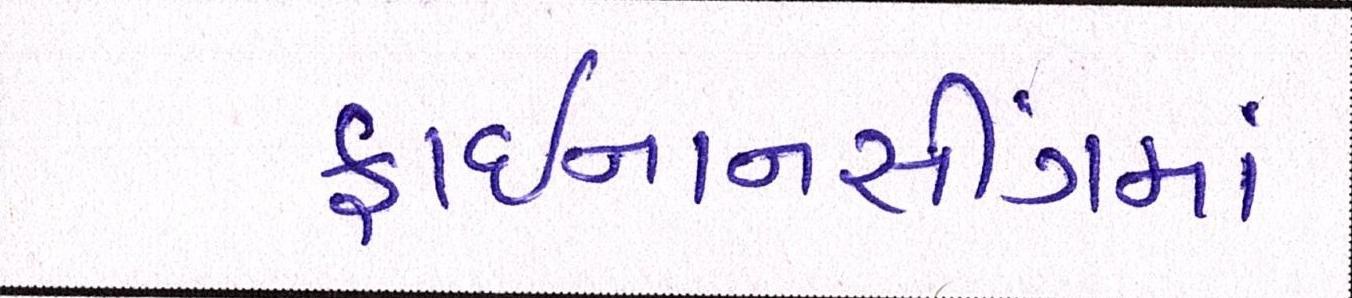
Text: ફાઈનાનસીંગમાં